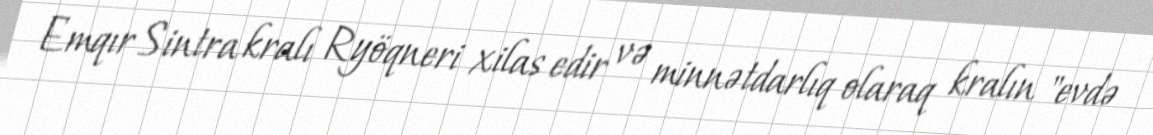
Emqır Sintra kralı Ryöqneri xilas edir və minnətdarlıq olaraq kralın "evdə